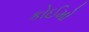
કોઈમો